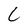
Character: C